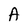
Character: A